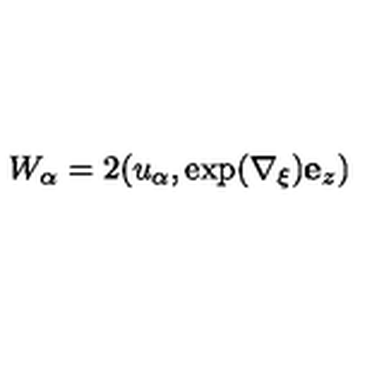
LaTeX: W _ { \alpha } = 2 ( u _ { \alpha } , \exp ( \nabla _ { \xi } ) { \bf e } _ { z } )